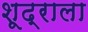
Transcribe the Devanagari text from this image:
शूद्राला